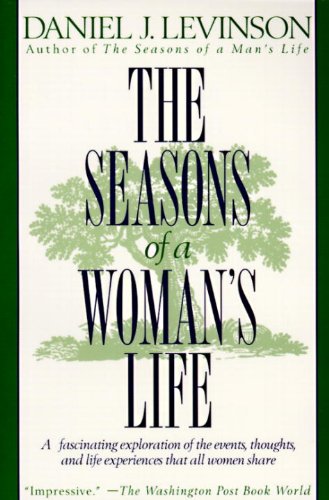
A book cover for The Seasons of a Woman's Life; Daniel J. Levinson; Self-Help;